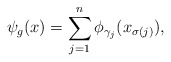
\begin{align*}\psi_g(x)=\sum_{j=1}^n \phi_{\gamma_j}(x_{\sigma(j)}),\end{align*}